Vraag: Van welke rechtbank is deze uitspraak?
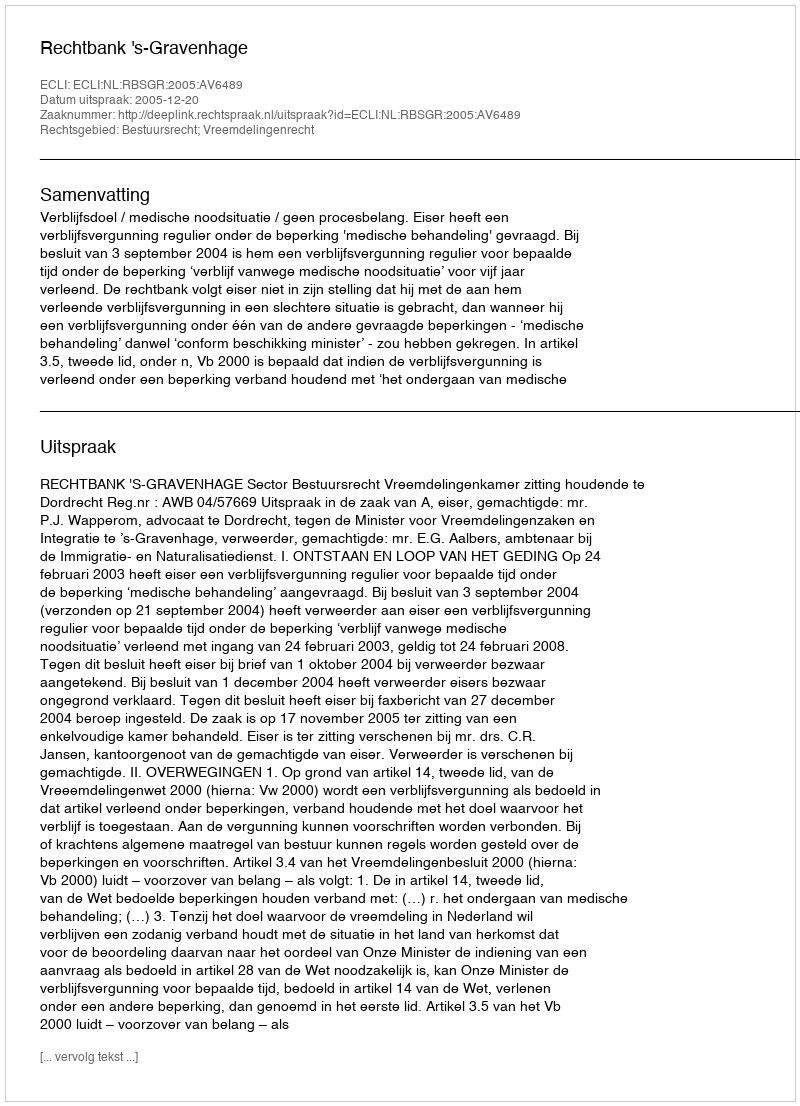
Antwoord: Rechtbank 's-Gravenhage